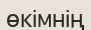
өкімнің